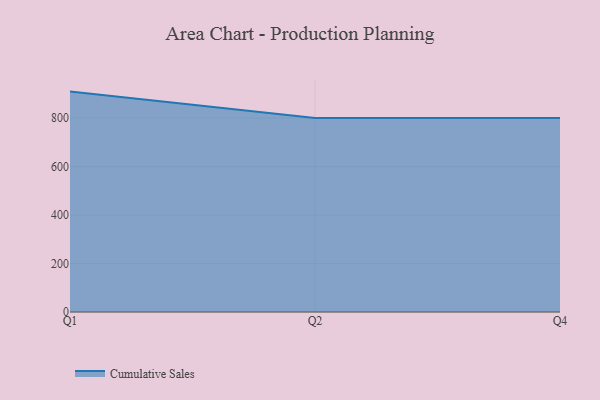
{"axis": {"x": "Quarter", "y": "Conversion Rate (%)"}, "legend": ["Cumulative Sales"], "data": [{"x": "Q1", "y": 908.8, "type": "Cumulative Sales"}, {"x": "Q2", "y": 800, "type": "Cumulative Sales"}, {"x": "Q4", "y": 800, "type": "Cumulative Sales"}]}